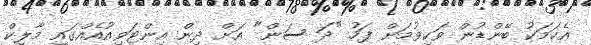
އެކަމަކު ބޭންޑުން ވަކިވުމަށް ފަހު "ދަ ސަން" އަށް ދިން އިންޓަވިއުއެއްގައި މާލިކް